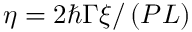
\eta = 2 \hbar \Gamma \xi / \left( P L \right)